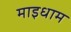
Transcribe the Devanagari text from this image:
माइधाम